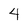
Character: 4